Civil Veterinary Dept. Bombay admin report 1932-41 - 1932-1941
Year: 1932
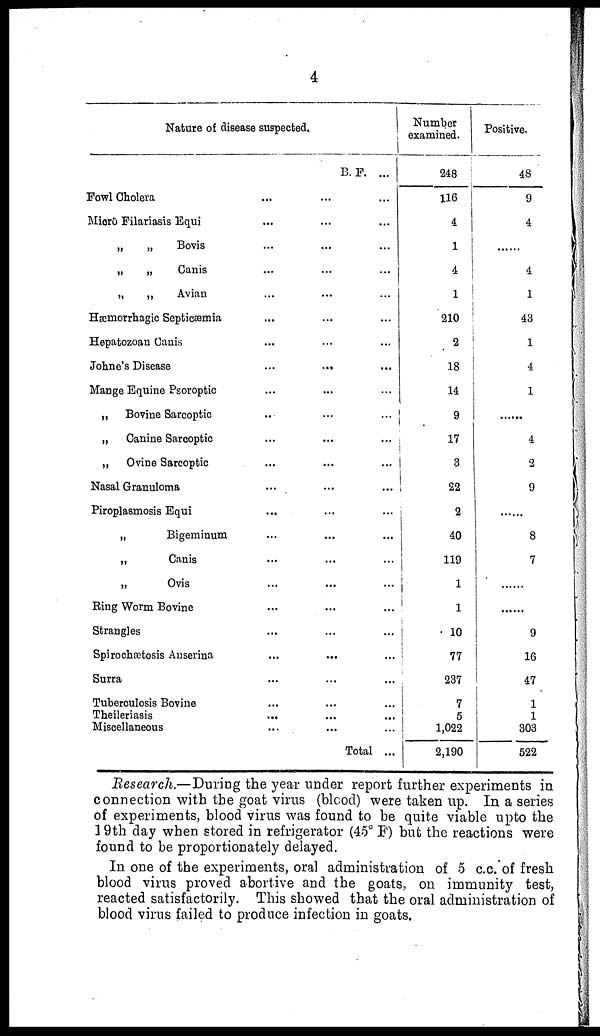
4
Nature of disease suspected.
B. F. ...
Fowl
Cholera...
...
...
Micro Filariasis Equi... ... ...
„
„
Bovis...
...
...
„
„ Canis... ... ...
„
„
Avian...
...
...
Hæmorrhagic Septicæmia... ... ...
Hepatozoan Canis... ... ...
Johne's
Disease...
...
...
Mange Equine Psoroptic... ... ...
„ Bovine Sarcoptic... ... ...
„ Canine Sarcoptic
...
...
...
„ Ovine Sarcoptic...
...
...
Nasal Granuloma
...
...
...
Piroplasmosis Equi...
...
...
„
Bigeminum...
...
...
„
Canis...
...
...
„
Ovis...
...
...
Ring Worm Bovine
...
...
...
Strangles
...
...
...
Spirochætosis Anserina...
...
...
Surra
...
...
...
Tuberculosis Bovine...
... ...
Theileriasis...
...
...
Miscellaneous...
...
...
Total...
Number
examined.
248
116
4
1
4
1
210
2
18
14
9
17
8
22
2
40
119
1
1
10
77
237
7
5
1,022
2,190
Positive.
48
9
4
4
1
43
1
4
1
......
4
2
9
8
7
......
......
9
16
47
1
1
303
522
Research.—During the year under report further experiments in
connection with the goat virus (blood) were taken up. In a series
of experiments, blood virus was found to be quite viable upto the
19th day when stored in refrigerator (45° F) but the reactions were
found to be proportionately delayed.
In one of the experiments, oral administration of 5 c.c. of fresh
blood virus proved abortive and the goats, on immunity test,
reacted satisfactorily. This showed that the oral administration of
blood virus failed to produce infection in goats.